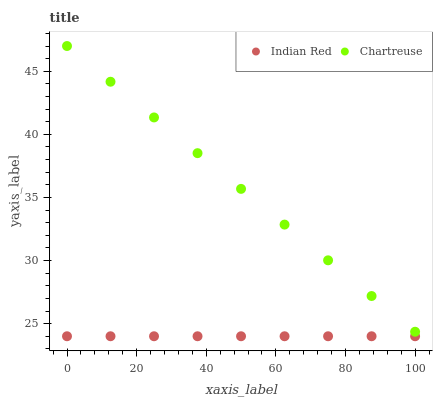
| xaxis_label | Indian Red | Chartreuse |
 | --- | --- | --- |
 | 0 | 24 | 47 |
 | 12.5 | 24 | 44.2 |
 | 25 | 24 | 41.3 |
 | 37.5 | 24 | 38.5 |
 | 50 | 24 | 35.7 |
 | 62.5 | 24 | 32.8 |
 | 75 | 24 | 30 |
 | 87.5 | 24 | 27.2 |
 | 100 | 24 | 24.4 |